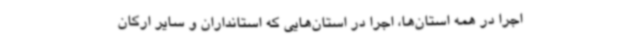
اجرا در همه استان‌ها، اجرا در استان‌هایی که استانداران و سایر ارکان